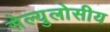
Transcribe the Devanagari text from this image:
सेल्युलोसीय